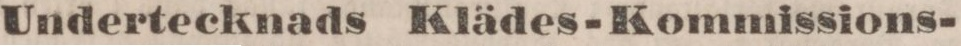
Undertecknads Klädes-Kommissions-